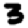
Digit: 3